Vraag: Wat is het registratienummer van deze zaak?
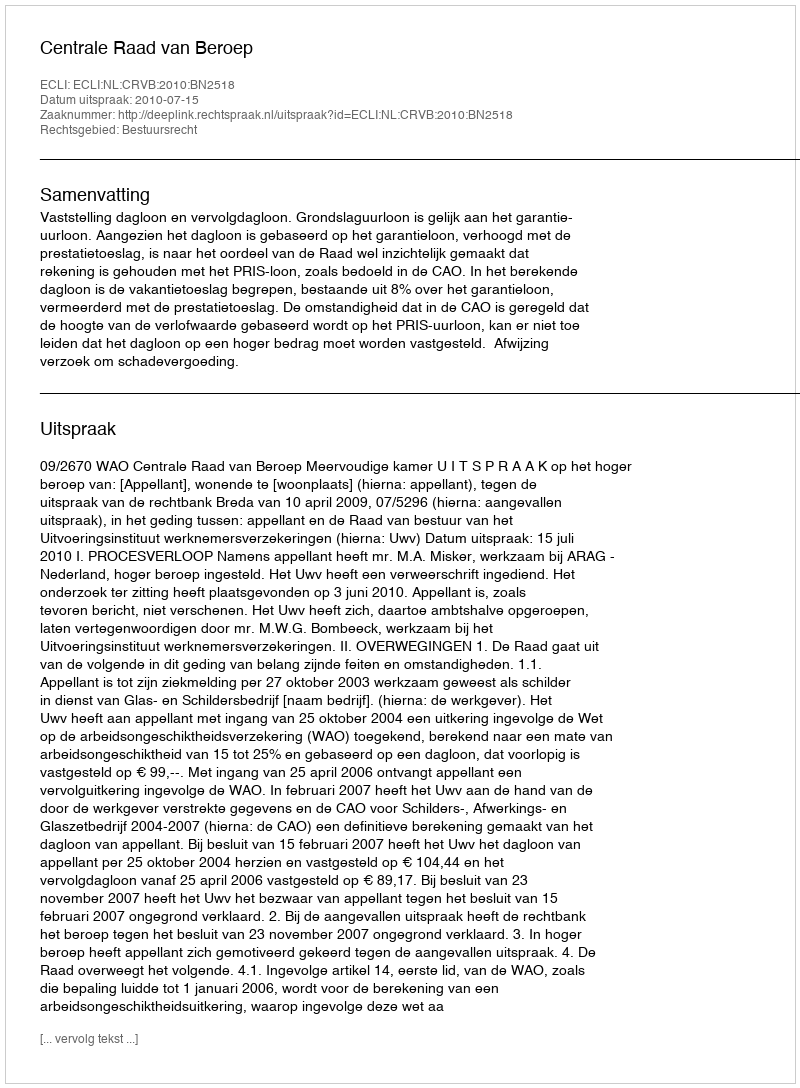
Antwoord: http://deeplink.rechtspraak.nl/uitspraak?id=ECLI:NL:CRVB:2010:BN2518